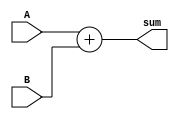
module Adder (
    input wire [7:0] A,
    input wire [7:0] B,
    output wire [8:0] sum
);

assign sum = A + B;

endmodule